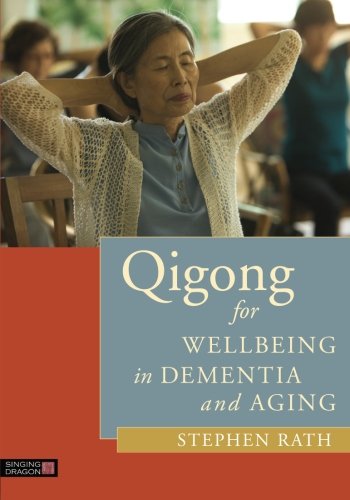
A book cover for Qigong for Wellbeing in Dementia and Aging; Stephen Rath; Medical Books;